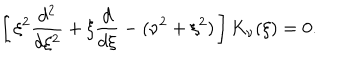
\left[ \, \xi ^ { 2 } { \frac { d ^ { 2 } } { d \xi ^ { 2 } } } + \xi { \frac { d } { d \xi } } - ( \nu ^ { 2 } + \xi ^ { 2 } ) \, \right] K _ { \nu } ( \xi ) = 0 .